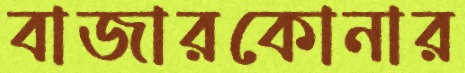
বাজারকোনার